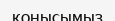
қонысымыз